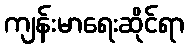
ကျန်းမာရေးဆိုင်ရာ